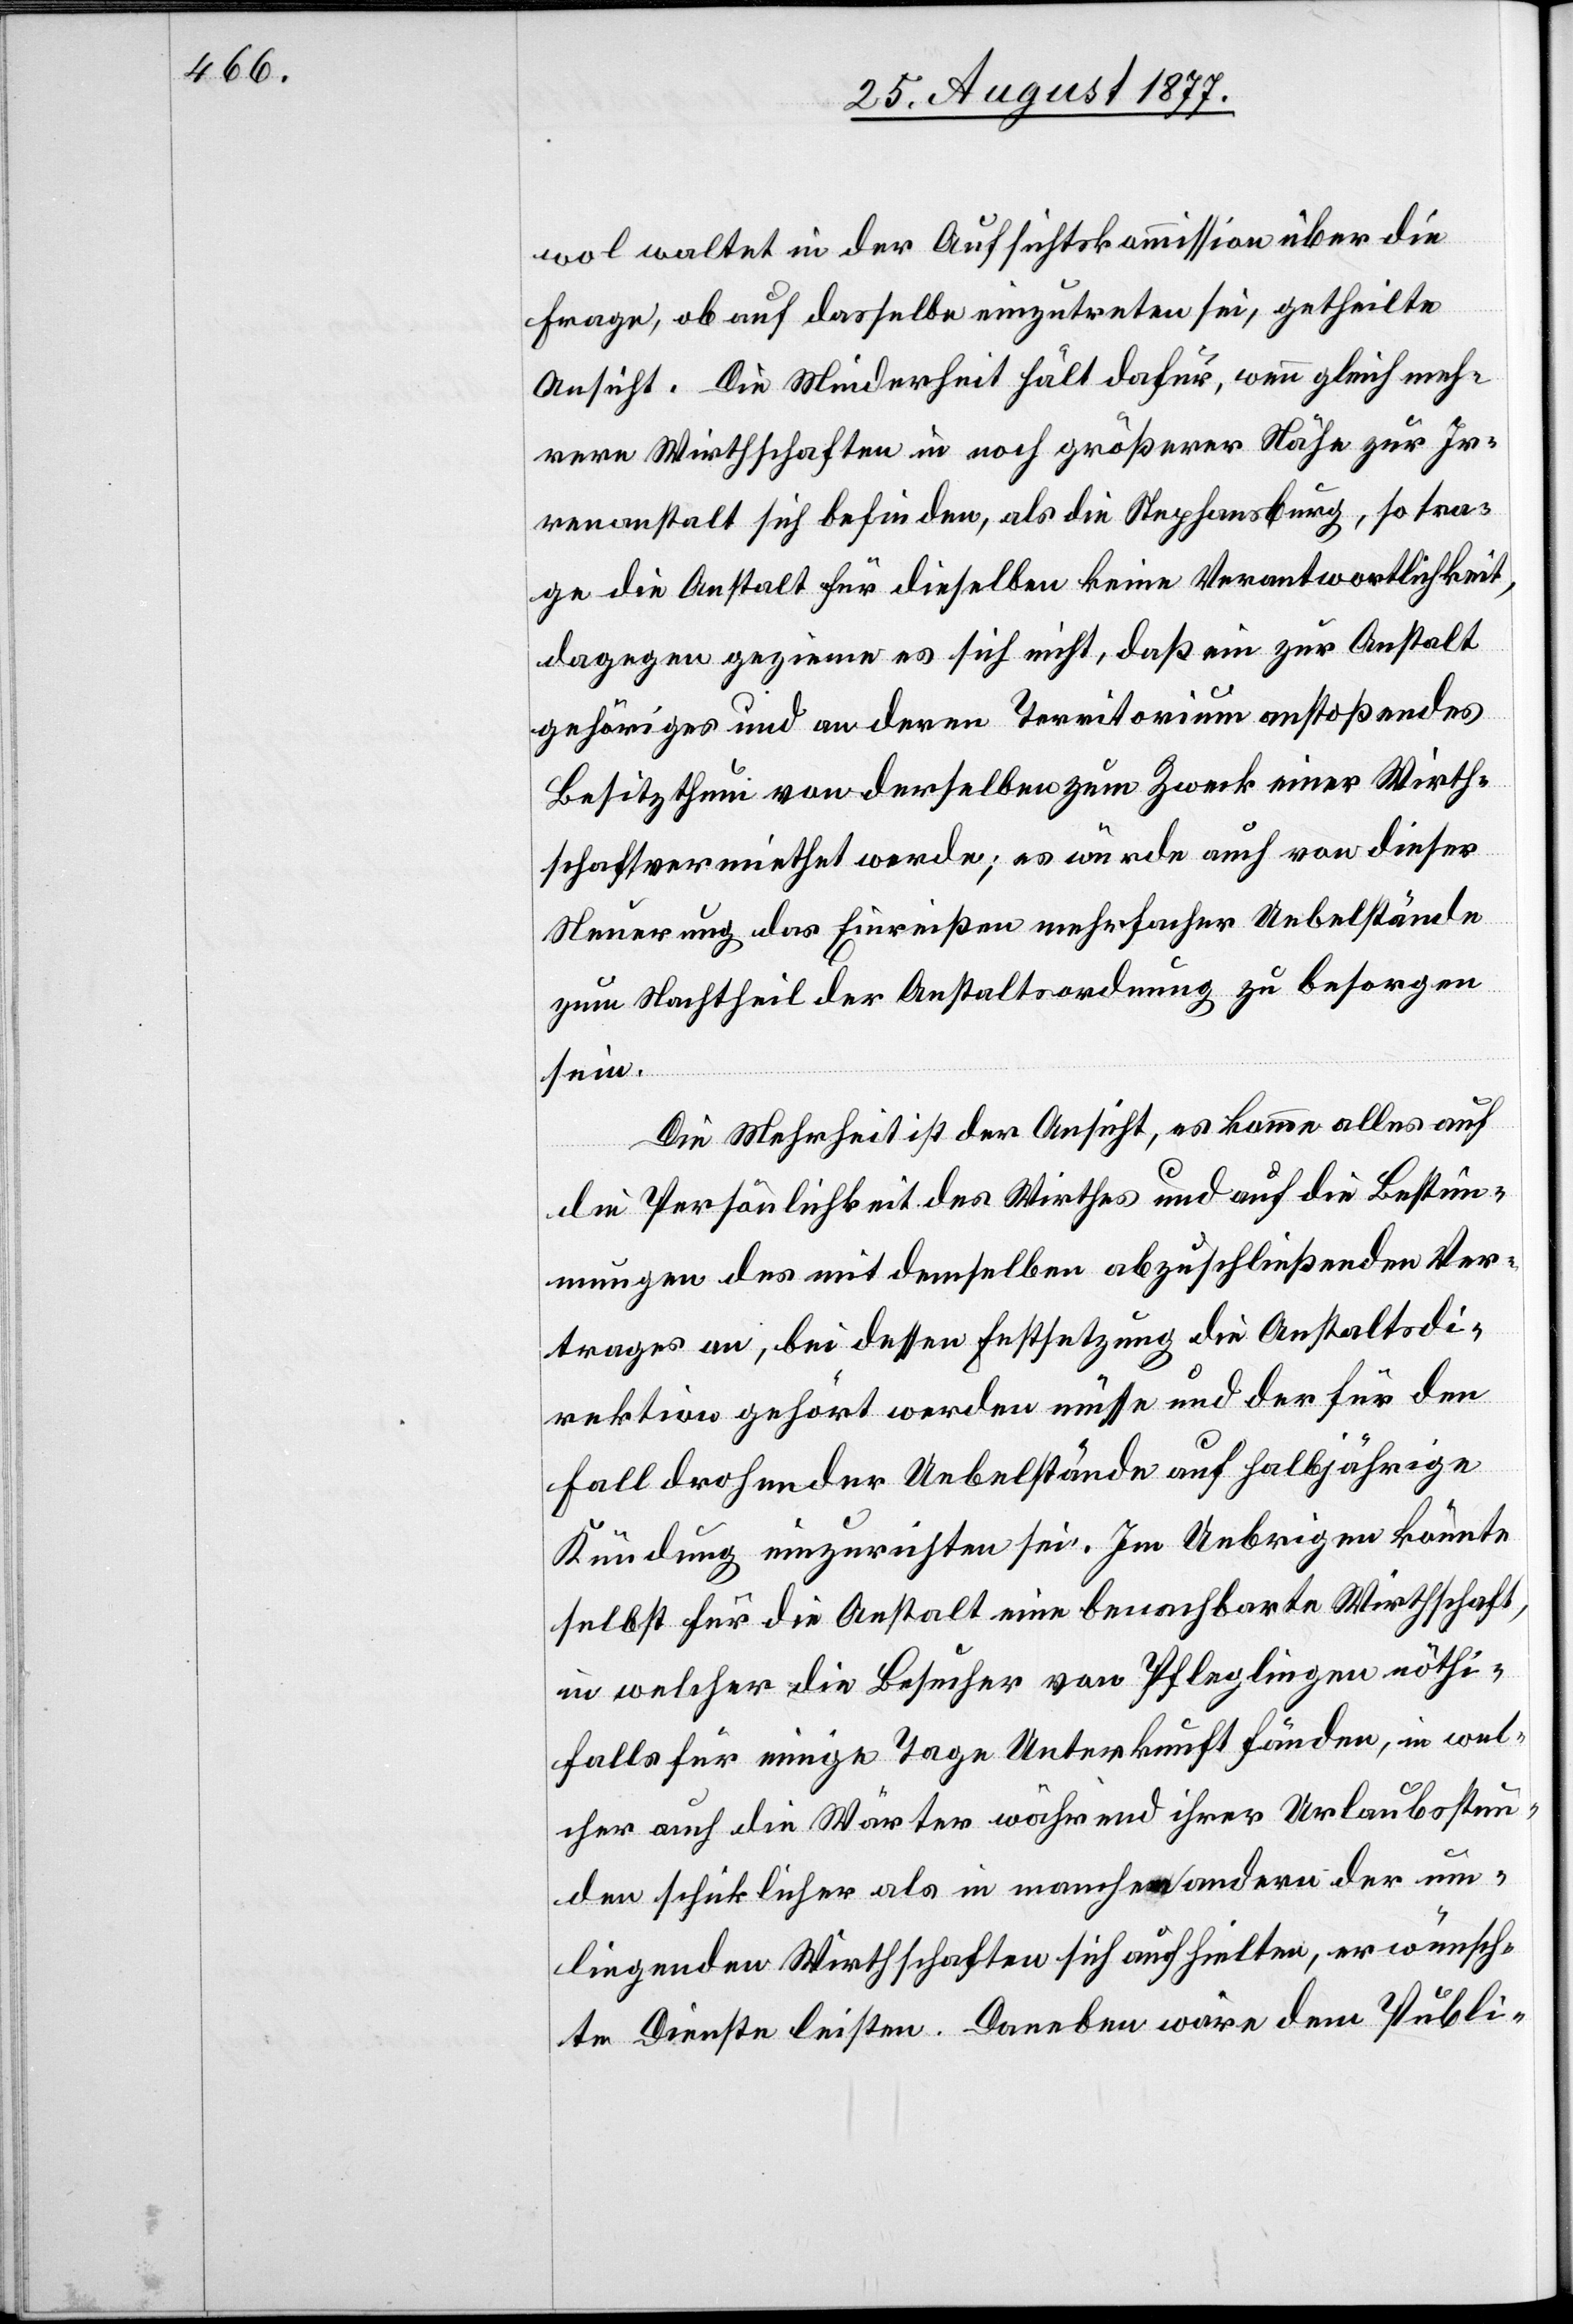
wol waltet in der Aufsichtskommission über die
Frage, ob auf dasselbe einzutreten sei, getheilte
Ansicht. Die Minderheit hält dafür, wenngleich meh¬
rere Wirthschaften in noch größerer Nähe zur Ir¬
renanstalt sich befinden, als die Stephansburg, so tra¬
ge die Anstalt für dieselben keine Verantwortlichkeit,
dagegen gezieme es sich nicht, daß ein zur Anstalt
gehöriges und an deren Territorium anstoßendes
Besitzthum von derselben zum Zweck einer Wirth¬
schaft vermiethet werde; es würde auch von dieser
Neuerung das Einreißen mehrfacher Uebelstände
zum Nachtheil der Anstaltsordnung zu besorgen
sein.
Die Mehrheit ist der Ansicht, es komme alles auf
die Persönlichkeit des Wirthes und auf die Bestim¬
mungen des mit demselben abzuschließenden Ver¬
trages an, bei dessen Festsetzung die Anstaltsdi¬
rektion gehört werden müsse und der für den
Fall drohender Uebelstände auf halbjährige
Kündung einzurichten sei. Im Uebrigen könnte
selbst für die Anstalt eine benachbarte Wirthschaft,
in welcher die Besucher von Pfleglingen nöthi[g¬
en]falls für einige Tage Unterkunft fänden, in wel¬
cher auch die Wärter während ihrer Urlaubsstun¬
den schicklicher als in manchen andern der um¬
liegenden Wirthschaften sich aufhielten, erwünsch¬
te Dienste leisten. Daneben wäre dem Publi-